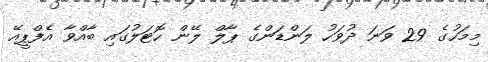
މިމަހުގެ 29 ވަނަ ދުވަހު ލަންޑަންގެ ޕާލް ލޭން ހޮޓަލުގައި ބާއްވާ އެފްޕީއޭ